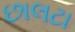
છાલટા